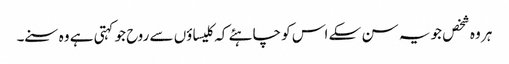
ہر وہ شخص جو یہ سن سکے اس کو چاہئے کہ کلیسا ؤں سے روح جو کہتی ہے وہ سنے۔